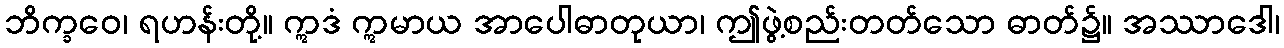
ဘိက္ခဝေ၊ ရဟန်းတို့။ ဣဒံ ဣမာယ အာပေါဓာတုယာ၊ ဤဖွဲ့စည်းတတ်သော ဓာတ်၌။ အဿာဒေါ၊